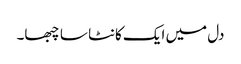
دل میں ایک کانٹا سا چبھا۔